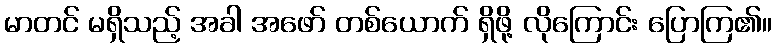
မာတင် မရှိသည့် အခါ အဖော် တစ်ယောက် ရှိဖို့ လိုကြောင်း ပြောကြ၏။